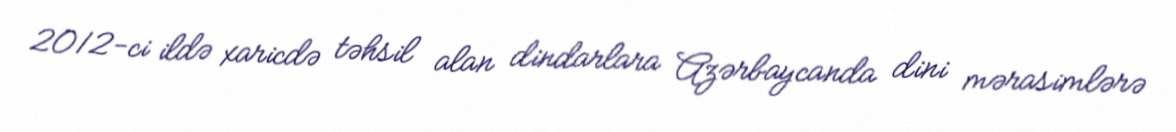
2012-ci ildə xaricdə təhsil alan dindarlara Azərbaycanda dini mərasimlərə